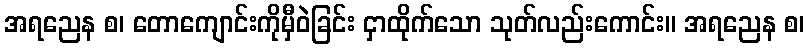
အရညေန စ၊ တောကျောင်းကိုမှီဝဲခြင်း ငှာထိုက်သော သုတ်လည်းကောင်း။ အရညေန စ၊